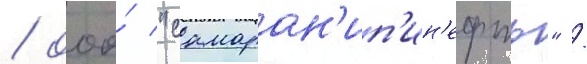
/ ооо́ "самаран'ип'ин'ефть" /